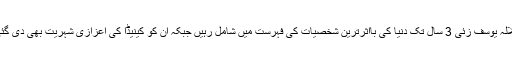
ملالہ یوسف زئی 3 سال تک دنیا کی بااثرترین شخصیات کی فہرست میں شامل رہیں جبکہ ان کو کینیڈا کی اعزازی شہریت بھی دی گئی۔